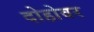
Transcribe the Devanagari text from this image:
दोहोवर